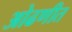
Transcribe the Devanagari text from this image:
ओढणीत